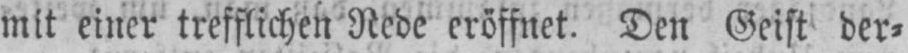
mit einer trefflichen Rede eröffnet. Den Geist der⸗